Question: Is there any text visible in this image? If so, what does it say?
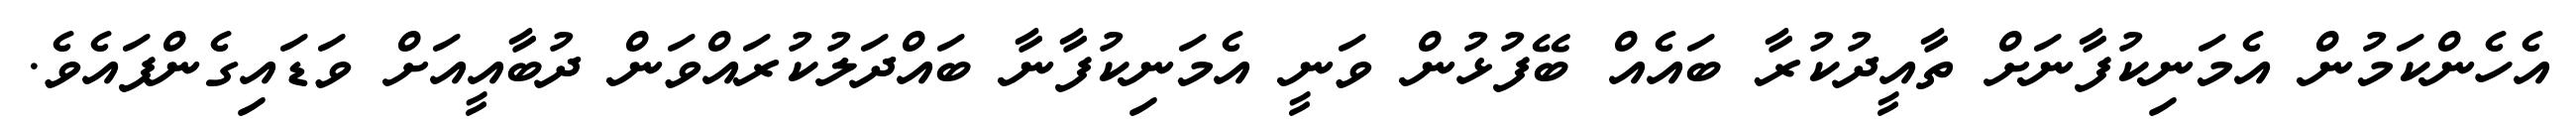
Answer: އެހެންކަމުން އެމަނިކުފާނަށް ތާއީދުކުރާ ބައެއް ބޭފުޅުން ވަނީ އެމަނިކުފާނާ ބައްދަލުކުރައްވަން ދުބާއީއަށް ވަޑައިގެންފައެވެ.